Indian journal of veterinary science and animal husbandry - Volume 2,
Year: 1932
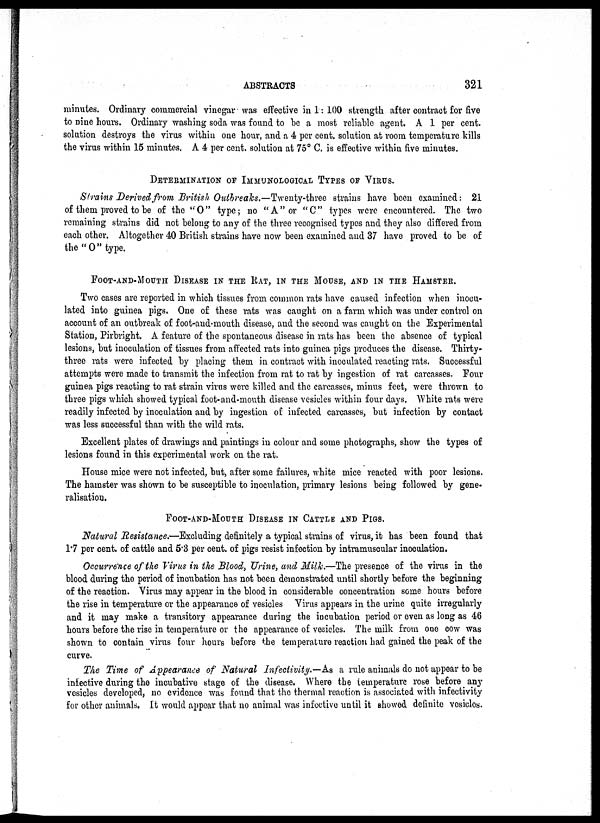
ABSTRACTS
321
minutes. Ordinary commercial vinegar was effective in 1: 100 strength after contract for five
to nine hours. Ordinary washing soda was found to be a most reliable agent. A 1 per cent.
solution destroys the virus within one hour, and a 4 per cent. solution at room temperature kills
the virus within 15 minutes. A 4 per cent. solution at 75° C. is effective within five minutes.
DETERMINATION OF IMMUNOLOGICAL TYPES OF VIRUS.
Strains Derived from British Outbreaks.—Twenty-three strains have been examined: 21
of them proved to be of the "O" type ; no "A" or " C" types were encountered. The two
remaining strains did not belong to any of the three recognised types and they also differed from
each other. Altogether 40 British strains have now been examined and 37 have proved to be of
the "O" type.
FOOT-AND-MOUTH DISEASE IN THE RAT, IN THE MOUSE, AND IN THE HAMSTER.
Two cases are reported in which tissues from common rats have caused infection when inocu-
lated into guinea pigs. One of these rats was caught on a farm which was under control on
account of an outbreak of foot-and-mouth disease, and the second was caught on the Experimental
Station, Pirbright. A feature of the spontaneous disease in rats has been the absence of typical
lesions, but inoculation of tissues from affected rats into guinea pigs produces the disease. Thirty-
three rats were infected by placing them in contract with inoculated reacting rats. Successful
attempts were made to transmit the infection from rat to rat by ingestion of rat carcasses. Four
guinea pigs reacting to rat strain virus were killed and the carcasses, minus feet, were thrown to
three pigs which showed typical foot-and-mouth disease vesicles within four days. White rats were
readily infected by inoculation and by ingestion of infected carcasses, but infection by contact
was less successful than with the wild rats.
Excellent plates of drawings and paintings in colour and some photographs, show the types of
lesions found in this experimental work on the rat.
House mice were not infected, but, after some failures, white mice reacted with poor lesions.
The hamster was shown to be susceptible to inoculation, primary lesions being followed by gene-
ralisation.
FOOT-AND-MOUTH DISEASE IN CATTLE AND PIGS.
Natural Resistance.—Excluding definitely a typical strains of virus, it has been found that
1.7 per cent. of cattle and 5.3 per cent. of pigs resist infection by intramuscular inoculation.
Occurrence of the Virus in the Blood, Urine, and Milk.—The presence of the virus in the
blood during the period of incubation has not been demonstrated until shortly before the beginning
of the reaction. Virus may appear in the blood in considerable concentration some hours before
the rise in temperature or the appearance of vesicles Virus appears in the urine quite irregularly
and it may make a transitory appearance during the incubation period or even as long as 46
hours before the rise in temperature or the appearance of vesicles. The milk from one cow was
shown to contain virus four hours before the temperature reaction had gained the peak of the
curve.
The Time of Appearance of Natural Infectivity.—As a rule animals do not appear to be
infective during the incubative stage of the disease. Where the temperature rose before any
vesicles developed, no evidence was found that the thermal reaction is associated with infectivity
for other animals. It would appear that no animal was infective until it showed definite vesicles.